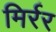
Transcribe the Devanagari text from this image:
मिर्रर